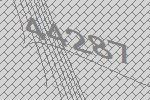
44287